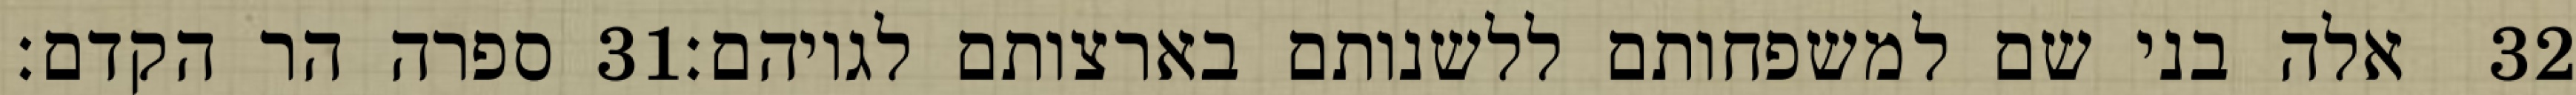
ספרה הר הקדם׃ ‎31‏ אלה בני שם למשפחותם ללשנותם בארצותם לגויהם׃ ‎32‏